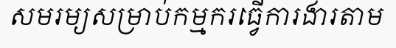
សមរម្យសម្រាប់កម្មករធ្វើការងារតាម